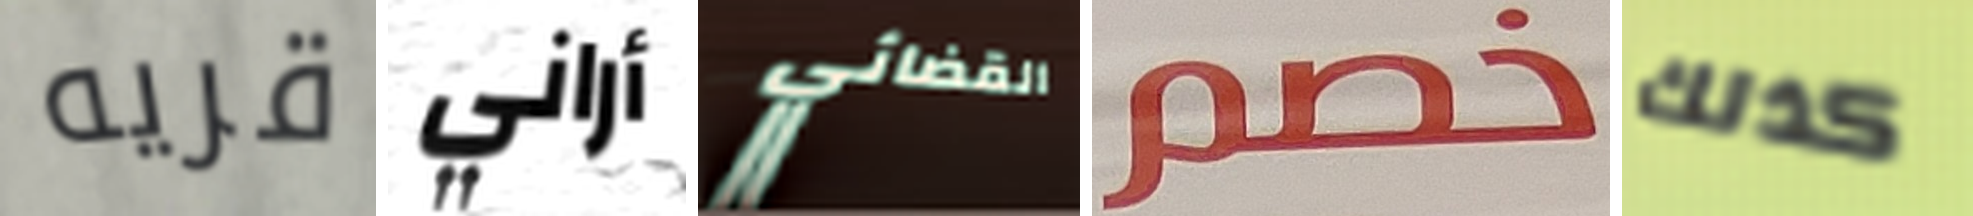
قريه أراني القضائي خصم كذلك